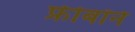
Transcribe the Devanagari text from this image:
फ्रीबॉर्न